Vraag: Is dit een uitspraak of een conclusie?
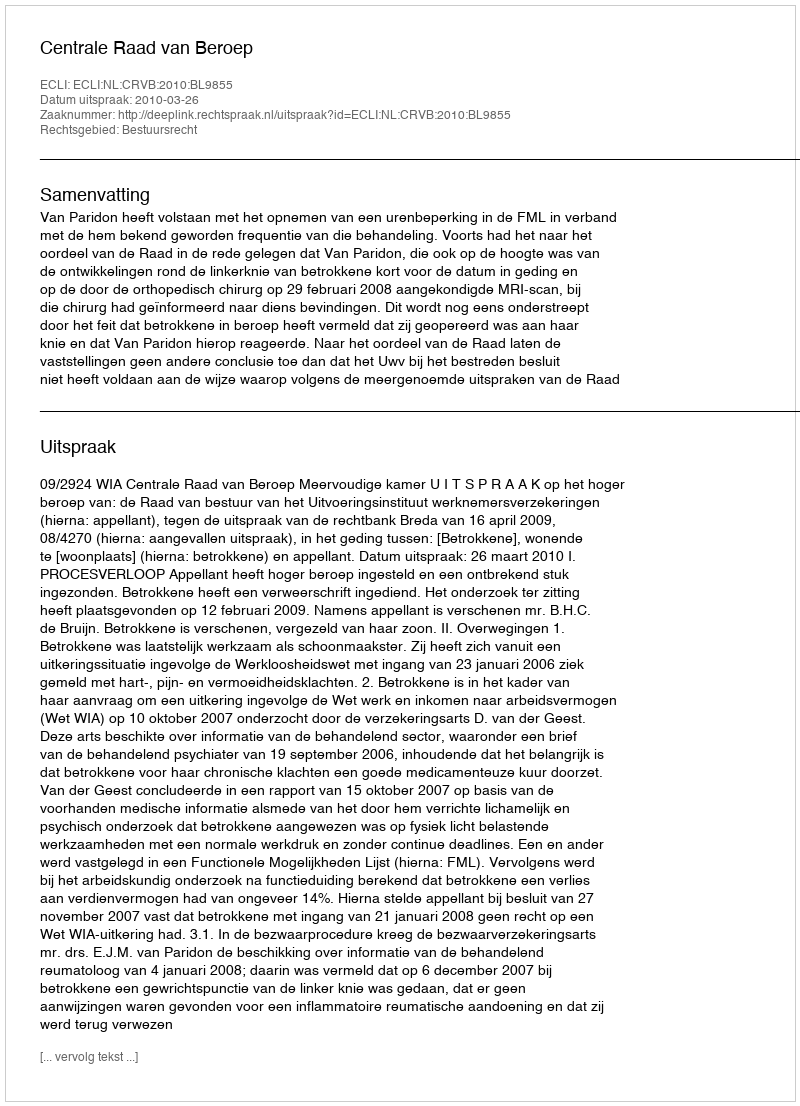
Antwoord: Uitspraak